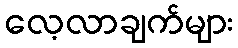
လေ့လာချက်များ